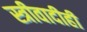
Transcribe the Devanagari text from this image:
स्त्रीवादीही